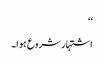
‘‘
اشتہار شروع ہوا۔